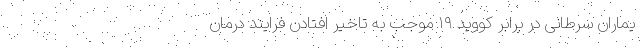
یماران سرطانی در برابر کووید ۱۹ موجب به تاخیر افتادن فرایند درمان